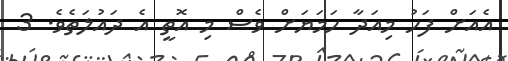
އެއަށް ފަހު މިއަދާ ހަމަޔަށް ވެސް މި އޮތީ އެ ދައުލަތެވެ. 3